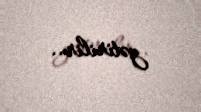
gətirilir..